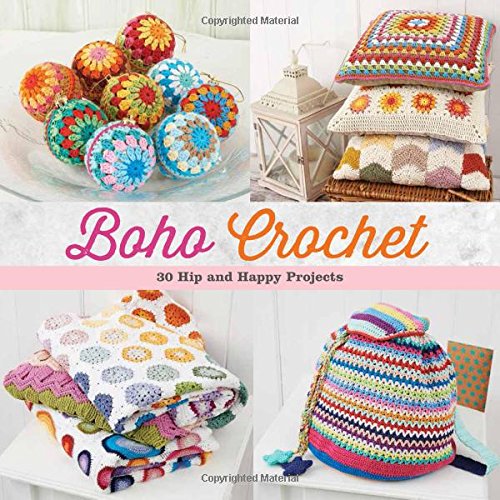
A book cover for Boho Crochet: 30 Hip and Happy Projects; Martingale; Crafts, Hobbies & Home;